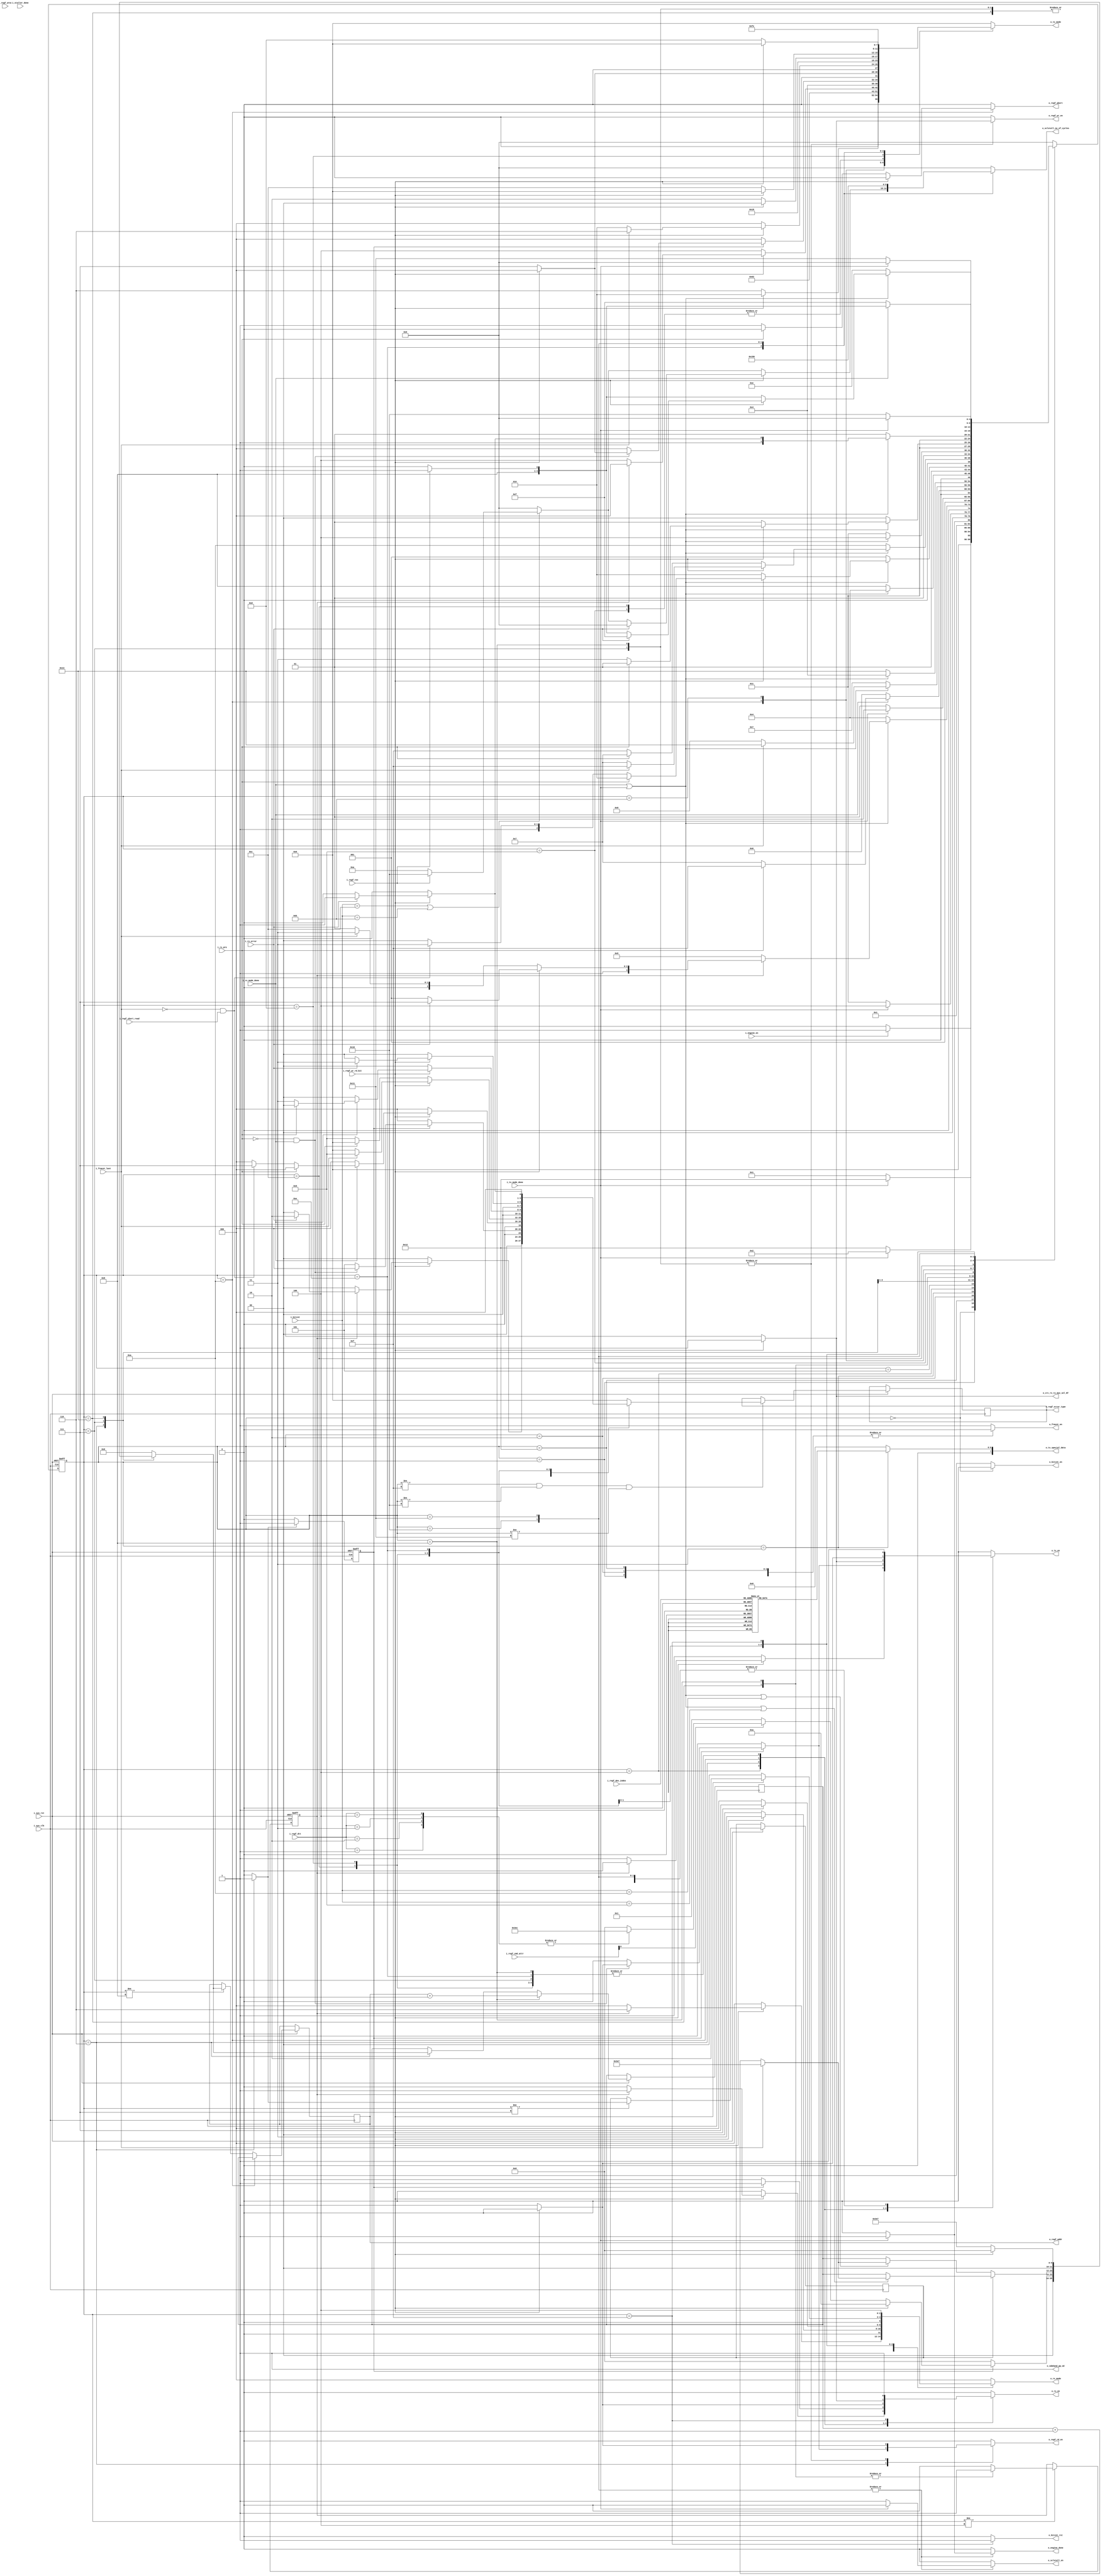
module DDR_NT (

input        i_sys_clk,
input        i_sys_rst,
input        i_engine_en,
input        i_frmcnt_last,
input        i_tx_mode_done,
//input        i_tx_parity_data,
input        i_rx_mode_done,
input        i_rx_pre,
input        i_rx_error,
input        i_staller_done,

//----------- interface input signals-----------//

input        i_regf_toc,          	// 1b0: RESTART ; 1b1: STOP
input [4:0]  i_regf_dev_index,   	// 5b0: Broadcast  ;  any other value: Direct  
input        i_regf_short_read,  	// 1b0: ALLOW_SHORT_READ  ; 1b1: SHORT_READ_IS_ERROR 
input        i_regf_wroc ,       	//1b0: NOT_REQUIRED RESPONSE ; 1b1: REQUIRED RESPONSE
input        i_regf_wr_rd_bit,   	//  1b0: WRITE ; 1b1: READ
input [2:0]  i_regf_cmd_attr,     	// 1'b1: Immediate Data Transfer Command ; 1'b0:Regular Transfer Command
input [2:0]  i_regf_dtt,			// Determine The Number of Data Byte
input [5:0]  i_bitcnt ,


/*// to be removed 
input  [4:0] i_bitcount,  
input        i_scl_pos_edge,                 // for testbench
input        i_scl_neg_edge,*/


output reg       o_tx_en,
output reg [3:0] o_tx_mode,
output reg       o_rx_en,
output reg [2:0] o_rx_mode,
output reg       o_frmcnt_en,
output reg       o_bitcnt_en, 
output reg       o_bitcnt_rst,  
//output reg       o_bitcnt_stop, 
output reg       o_sdahand_pp_od,
output reg       o_regf_wr_en,
output reg       o_regf_rd_en,
output reg [11:0] o_regf_addr,
output reg [4:0] o_sclstall_no_of_cycles,
output reg       o_sclstall_en,  
output reg       o_engine_done,
output reg [7:0] o_tx_special_data,


//------------ interface output signals ---------//
output reg       o_regf_abort,
output reg [3:0] o_regf_error_type,

output wire       o_crc_rx_tx_mux_sel_NT

/*output wire       o_crc_data_rx_tx_valid_sel,
output wire       o_crc_data_tx_rx_mux_sel,
output wire       o_crc_last_byte_tx_rx_mux_sel*/

);  




//------------- types of error ------------//
localparam [3:0]    SUCCESS 			  	= 'd0,
                    CRC_Error				  = 'd1,
                    Parity_Error      = 'd2,
										Frame_Error       = 'd3,
										Address_Header_Error = 'd4,
										NACK_Error           = 'd5,
                    OVL_Error            = 'd6,                // not used
                    I3C_SHORT_READ_Error = 'd7, 
                    HC_ABORTED_Error     = 'd8,       // by Controller due to internal error (not used)
										BUS_ABORTED_Error    = 'd9 ;       // Aborted due to Early Termination, or Target not completing read or write of data phase of transfer
 








//------------ timing specification ------------//  
localparam [4:0]  restart_stalling = 'd10,
                  exit_stalling = 'd16;











//--------------- tx modes -------------//   
localparam [3:0]  seven_zeros = 'd3,
                  Serializing_address = 'd1,              
                  special_preamble_tx = 'd0,  //01
                  one_preamble = 'd2,   // send 1 in pp or od 
                  zero_preamble = 'd6,  // send zero
				  Serializing_byte = 'd7, 
				 /* Serializing_second_byte = 'b1010,*/ 
                  Calculating_Parity ='d4,
				  /*Calculating_Parity_Data ='b1000,*/
				  CRC_value = 'd13,
                  token_CRC = 'd12,
                  Restart_Pattern = 'd15,
                  Exit_Pattern = 'd14;
				
				//  Read_Write_bit = 'b1010;

 
 
 
 
 
 
 
 
 // -------------- rx modes ----------------//  
localparam [2:0]     preamble = 'd0, 
                  //  nack_bit = 'd1 ,
                     Deserializing_byte = 'd3,
                     Check_token = 'd7,
                     Check_Parity_value = 'd6,
                     Check_CRC_value = 'd2,
                     Error = 'd4;







//------------------ fsm states ----------------//
localparam [4:0]              idle = 'd0,
                              first_stage_command_Pre = 'd1,
                              serializing_seven_zeros = 'd2,
					          address = 'd3,                
					          parity = 'd4,
					          sec_stage_first_data_pre = 'd5,             // sent by controller
					          ack_waiting = 'd6,
					          first_data_byte = 'd7,
					          second_data_byte = 'd8,
					          third_stage_first_data_pre = 'd9,             // send by target or controller
					          abort_bit = 'd10,                      //   aborting by controller or target             
					          fourth_stage_crc_first_pre = 'd11,
					          fourth_stage_crc_second_pre = 'd12,
					          token_crc_bits = 'd13,                 // 4 bits
					          crc_value_bits = 'd14,                  // 5 bits 
					          error = 'd15,
					          restart = 'd16,
					          exit = 'd17,
							  Read_Write_bit = 'd18,
							  serializing_zeros = 'd19,
							  waiting = 'd20 ;


//------------------ internal signals decleration -----------------//					 
reg [6:0] target_addres,broadcast_address;
reg    [4:0]         current_state , next_state ;
/*wire [3:0] count ;*/
reg parity_data, Parity_data_seq ,sysclk_done,en_sysclk , first_byte , first_byte_seq;
reg [11:0] addr ,addr_temp;
reg [3:0] error_type;


localparam specific_address = 'd 999; // for 8 zeros



assign o_crc_rx_tx_mux_sel_NT = (i_regf_wr_rd_bit)? 1'b1 : 1'b0;

/*assign o_crc_data_rx_tx_valid_sel = (i_regf_wr_rd_bit)? 1'b1 : 1'b0;

assign o_crc_data_tx_rx_mux_sel   = (i_regf_wr_rd_bit)? 1'b1 :1'b0;

assign o_crc_last_byte_tx_rx_mux_sel = (i_regf_wr_rd_bit)? 1'b1 :1'b0;*/

//--------------------------- 1: Sequential Always Block ------------------------------//
always @(posedge i_sys_clk or negedge i_sys_rst)
 begin
  if(!i_sys_rst)
   begin
     current_state <= idle ;
  /*  o_tx_en = 'b0 ; 
    o_rx_en = 'b0 ;
    o_frmcnt_en = 'b0 ;
    o_regf_wr_en = 'b0 ;
    o_regf_rd_en = 'b0 ;
    o_engine_done = 'b0 ;
	o_regf_addr = 'b0;
	o_regf_abort = 'b0;
	o_sclstall_en = 'b0;
	o_sclstall_no_of_cycles = 'b0;
	o_sdahand_pp_od = 'b1;
	o_bitcnt_en = 'b0; 
	o_bitcnt_rst = 'b0;
	o_sclstall_no_of_cycles = 'b0;
    o_sclstall_en = 'b0;
    o_regf_abort = 'b0;
	o_regf_error_type = SUCCESS;  // No error*/
	
	
   end
  else
   begin
     current_state <= next_state ;
   end
 end







//--------------------------- 2: Combinational Always Block For FSM States------------------------------//
    always @ (*)

     begin

       case(current_state)

         idle : begin 

           if (i_engine_en) 
		         next_state = first_stage_command_Pre ;
		       else
		         next_state = idle ;

		         end


		      first_stage_command_Pre :  
		      begin
		      	
		         	if (i_tx_mode_done)
		        	  next_state = Read_Write_bit ;
		        	else
		          	next_state = first_stage_command_Pre ;
		         	        
		       
		      end


		      Read_Write_bit	: begin 

		        if (i_tx_mode_done)
		          next_state = serializing_seven_zeros ;
		        else
		          next_state = Read_Write_bit ;

		          end
				  
				  
				  
			  serializing_seven_zeros	: begin 

		        if (i_tx_mode_done)
		          next_state = address ;
		        else
		          next_state = serializing_seven_zeros ;

		          end


		      address	: begin 

		        if (i_tx_mode_done) begin
		          next_state = parity ;

				  end
		        else
		          next_state = address ;

            end 


		      parity	: begin 

		        if (i_rx_mode_done | i_tx_mode_done)
		          begin

				    if (Parity_data_seq)begin	
				          		 

				           if (!i_regf_wr_rd_bit)
				             begin

				               if(!i_frmcnt_last)
		                     next_state = third_stage_first_data_pre ;
				               else 
				                 next_state = fourth_stage_crc_first_pre ;

					        end


				           else begin

				            if (i_rx_error)             // may no sync due to delay one system clk cycle
				             next_state = error;
				             
				            else 
				              
				             begin
				 
				           /* if(!i_frmcnt_last)
		                   next_state = third_stage_first_data_pre ;
				            else 
				               next_state = fourth_stage_crc_first_pre ;*/
				               
							   next_state = third_stage_first_data_pre ;
					           end
							   
				   

					      end
					      end

				    


				    else 
				    next_state =  sec_stage_first_data_pre ;

				    end


		  else
		    next_state = parity ;

            end


 	  sec_stage_first_data_pre	: begin 

		        if (i_tx_mode_done)
		           next_state = ack_waiting ;

		        else
		           next_state = sec_stage_first_data_pre ;

            end


 		ack_waiting	: begin 
		        
		        if (i_rx_mode_done)  
		          begin
				
				       if (!i_rx_pre)      
		             next_state = first_data_byte ;
				    else 
                     next_state = error ;
                 
               end
               				
		        else
		          next_state = ack_waiting ;
		          
            end 


 		first_data_byte	: begin 

		        if (i_rx_mode_done | i_tx_mode_done) begin 
					
					if (!i_frmcnt_last)
				      next_state = second_data_byte ;
					else  
					 next_state = serializing_zeros;
					 
				end

			      else
		          next_state = first_data_byte ;

            end
			
		serializing_zeros	: begin 

		        if (i_rx_mode_done | i_tx_mode_done) 
										 
				    next_state = parity ;
					
			      else
		          next_state = serializing_zeros ;

            end	
			


     second_data_byte	: begin 

		       if (i_rx_mode_done | i_tx_mode_done) 
				     
					 next_state = parity;
				      
				   else 				
		          next_state = second_data_byte ;

            end


		third_stage_first_data_pre : begin 
			  
			
				if (i_rx_mode_done | i_tx_mode_done)
				  begin
				    
				   if(i_regf_wr_rd_bit)
				     begin
				       
				         if (i_rx_pre)  								
		                 next_state = abort_bit ; 
		                 else
						 begin
						   if ((!i_frmcnt_last) && i_regf_short_read )  
					        next_state = error ;  // target didn't send all requierd data 
					       else 
					        next_state = fourth_stage_crc_second_pre ;
                        end
                   
                     end
                 
             
					else
					next_state = abort_bit ;
             
             end
              
		     else
		       next_state = third_stage_first_data_pre ;
		       
		     end


			abort_bit : begin
			 if(i_rx_mode_done | i_tx_mode_done)
			   begin
			
			  	if (!i_regf_wr_rd_bit)
				   begin
				      
				     if(i_rx_pre)
		           next_state = first_data_byte ;
				     else
				      begin 
				        
				      /* if (i_regf_toc)
				        next_state = restart ;
				       else
				        next_state = exit ;*/
						
						next_state = error;    // target aborts writing
				        
				      end
				       
				    end
				       
				    
				  else
				    begin
				      
				     if(i_frmcnt_last) 
				       
		          begin 
				        
				      /* if (!i_regf_toc)
				        next_state = restart ;
				       else
				        next_state = exit ;*/
						next_state = error;     // Controller aborts reading
						
				        
				      end
		           
				     else 
				       next_state = first_data_byte ;
				      
				    end 
				    
			end
				    
				 else
				   next_state = abort_bit ;
				   
		end



			fourth_stage_crc_first_pre : begin 
			  
			    if (i_rx_mode_done | i_tx_mode_done)
		          next_state = fourth_stage_crc_second_pre ;  
		        else
		          next_state = fourth_stage_crc_first_pre ;
				  
			end
			
			
			fourth_stage_crc_second_pre : begin 
			  
			    if (i_rx_mode_done | i_tx_mode_done)
					begin
						if (i_regf_wr_rd_bit)
						begin
							if (i_rx_pre)
								next_state = token_crc_bits ;
							else 
								next_state = error ;
						end
						
						else 
						next_state = token_crc_bits ;
						
						
					end
		        else
		          next_state = fourth_stage_crc_second_pre ;
				  
			end


			token_crc_bits : begin 
				if (i_rx_mode_done | i_tx_mode_done)
					begin
		          
					if (i_regf_wr_rd_bit)
					begin
						if (!i_rx_error)
							next_state = crc_value_bits ;
						else 
							next_state = error ;
					end
					
					else 
					next_state = crc_value_bits ;
					
					end
					
				  
				  
				   
		        else
		          next_state =  token_crc_bits ;

			end

			crc_value_bits : begin 

			 if (i_rx_mode_done | i_tx_mode_done)

		       	begin				
					if (i_regf_wr_rd_bit)
					begin
						
						if (!i_rx_error) 
						begin
							
							if (!i_regf_toc)
								next_state = restart ;
							else
								next_state = exit ;
						end 
						else 
							next_state = error ;
					end
					
					else
						begin
						

							if (!i_regf_toc)
								next_state = restart ;
							else
								next_state = exit ;
						 end
					end
				  

				   

		   else
		       next_state = crc_value_bits ;	  

			end


			error : begin 

			 if (i_rx_mode_done)

		       		 begin 

				       if (!i_regf_toc)
				        next_state = restart ;
				       else
				        next_state = exit ;

				      end

		   else
		       next_state = error ;	

			end


			restart :  begin

		        if (i_tx_mode_done /*&& i_staller_done*/)
		          next_state = idle ;  // return to idle waitng to be enabled
		        else
		          next_state = restart ;

		  end 


			exit :  begin

		        if (i_tx_mode_done /*&& i_staller_done*/)
		          next_state = idle ;
		        else
		          next_state = exit ;

		  end 
		  
			default : next_state = idle ;
		  
		  
		/*  waiting :  begin 
		  
		  if (sysclk_done && i_staller_done)
		          next_state = idle ;
		        else
		          next_state = waiting ;
		  
		  end*/
		  
		  
		/*  parity_0	: begin 

		        if (i_rx_mode_done | i_tx_mode_done)
		          begin

				    next_state = parity_1

		  else
		    next_state = parity_0 ;

            end
			
			parity_1	: begin 

		        if (i_rx_mode_done | i_tx_mode_done)
		          begin

				    if (i_tx_parity_data)begin	
				          		 

				           if (!i_regf_wr_rd_bit)
				             begin

				               if(!i_frmcnt_last)
		                     next_state = third_stage_first_data_pre ;
				               else 
				                 next_state = fourth_stage_crc_first_pre ;

					        end


				           else begin

				            if (i_rx_error) 
				             next_state = error;
				             
				            else 
				              
				             begin
				 
				            if(!i_frmcnt_last)
		                   next_state = third_stage_first_data_pre ;
				            else 
				               next_state = fourth_stage_crc_first_pre ;
				               
					           end
				   

					      end
					      end

				    


				    else 
				    next_state =  sec_stage_first_data_pre ;

				    end


		  else
		    next_state = parity_1 ;

            end*/

     endcase
   end








//--------------------------- 3: Combinational Always Block For Outputs------------------------------//
always @(*)
 begin

  o_tx_en = 'b0 ; 
  o_rx_en = 'b0 ;
  o_frmcnt_en = 'b1 ;
  o_regf_wr_en = 'b0 ;
  o_regf_rd_en = 'b0 ;
  o_engine_done = 'b0 ;
	addr = 'b0;
	o_regf_abort = 'b0;
	o_sclstall_en = 'b0;
	o_sclstall_no_of_cycles = 'b0;
	o_sdahand_pp_od = 'b1;
	o_bitcnt_en = 'b1; 
	o_bitcnt_rst = 'b0;
	o_regf_abort = 'b0;
	error_type = SUCCESS;  // No error
	en_sysclk=0;
	o_tx_mode = 'b0;
	o_rx_mode = 'b0 ;
	parity_data = 'b0;
	o_tx_special_data = 'd0;
	first_byte = 'b0;
	//next_state = idle;
	
//	o_bitcnt_stop = 'b0;


  case(current_state)

  idle : begin 

		   o_tx_en = 'b0 ;
           o_bitcnt_en = 'b0;
           o_frmcnt_en = 'b0 ;
			

		  end


  first_stage_command_Pre :  begin


		   o_tx_en = 'b1 ;
		   o_tx_mode = special_preamble_tx ;  //01
		   o_frmcnt_en = 'b0 ;
		  
		   

		   end 


  Read_Write_bit	: begin 

		  o_tx_en = 'b1;
		  o_frmcnt_en = 'b0 ;
			if(!i_regf_wr_rd_bit)
		 o_tx_mode = zero_preamble;
		 else 
		 o_tx_mode = one_preamble;


            end 
			
			
			
  serializing_seven_zeros	: begin         // command first byte {Read_Write_bit,serializing_seven_zeros}

		  o_tx_en = 'b1;
		  o_tx_mode = seven_zeros ; 
		  o_frmcnt_en = 'b0 ;
		  

            end 


  address : begin                            // command second byte {address,par_adj"calc by Tx"}

         
		  o_tx_en = 'b1;
		  o_tx_mode = Serializing_address ;
		   o_frmcnt_en = 'b1 ;
		  
		
		  parity_data = 'b0;                  // Calculating_Parity_Command
		
		
		
		o_tx_special_data = {1'b0,target_addres};         
		
		end


  parity        : begin

		//if (i_tx_mode_done)
		 o_frmcnt_en = 'b1 ;
		/* else 
		  o_frmcnt_en = 'b0 ;*/

	   if (!i_regf_wr_rd_bit)
         begin
          o_tx_en = 'b1;
		  
		  /*if (i_tx_parity_data)
          o_tx_mode = Calculating_Parity_Data;         
		  else 
		  o_tx_mode = Calculating_Parity_Command;     */
		  
		   o_tx_mode = Calculating_Parity;           // Calculating Parity for command and data
		  
	  
         end
        else
         begin
		  if (!Parity_data_seq)
		  begin
 		  o_tx_en = 'b1;
		  o_tx_mode = Calculating_Parity;
		  end
		  else 
		  begin
          o_rx_en = 'b1;
          o_rx_mode = Check_Parity_value;         //check the parity correctness
          
		  if (i_rx_error)
            error_type = Parity_Error;
          else
            error_type = SUCCESS; 
         end
		 end

             end 


 sec_stage_first_data_pre : begin   // 

      o_tx_en = 'b1;
      o_tx_mode = one_preamble ;
	  
	 // o_sdahand_pp_od = 'b0; // open drain , which makes a change in scl line //to be edited
	  
     
             end 


  ack_waiting : begin
	     
		// o_sdahand_pp_od = 'b0;   //listening to sda
     
		first_byte ='b1;
		en_sysclk=1;
		 o_frmcnt_en = 'b1 ;
		// wait (sysclk_done) ; // wait is unsynthesizable
   if(sysclk_done)
		begin
   		 o_rx_en = 'b1 ;
	      o_rx_mode = preamble ;
		 
		//  o_bitcnt_stop = 'b1;
		   
		 
		  
	      if ((!i_rx_pre) && i_rx_mode_done)
			begin
			error_type = SUCCESS;
			if (!i_regf_wr_rd_bit) begin 
			o_tx_en = 'b1;
			o_tx_mode = Serializing_byte; 		    
			o_regf_rd_en = 'b1 ;
			end 
			end
        else 
		begin
         	
			error_type = NACK_Error;
		
		 end
		   
		   
		 if (!i_regf_wr_rd_bit)
		 begin
		  if (i_regf_cmd_attr[0])              // Immediate Transfer
			begin 
			case (i_regf_dtt)
		//	'd0 : o_regf_addr = 'd0;         // no data 
			'd1 : addr = 'd1004;       // sending Byte1 of address 'd20 
			'd2 : addr = 'd1004;       // sending Byte1 of address 'd20 and  sending Byte2 of address 'd21
			'd3 : addr = 'd1004;		// sending Byte1 of address 'd20 and sending Byte2 of address 'd21 and sending Byte3 of address 'd22
			'd4 : addr = 'd1004;		// sending Byte1 of address 'd20 and sending Byte2 of address 'd21 and sending Byte3 of address 'd22 and sending Byte3 of address 'd23
		//	'd5 : o_regf_addr = 'd0;        // only defining byte and no data
		//	'd6 : o_regf_addr = 'd21;       // sending defining byte and sending Byte2 of address 'd21
		//	'd7 : o_regf_addr = 'd21;		// sending defining byte and sending Byte2 of address 'd21 and sending Byte3 of address 'd22
			endcase
			end
		 else                              // Regular Transfer			 
			addr = 'd1;      // starting from this address to write Regular data
		  end 
		   else
           addr = 'd10;		// starting from this address to read  Regular data
		  
		  
		  end
		  
	else 	   		
		o_rx_en = 'b0 ;

             end 


  first_data_byte : begin
     
	 o_frmcnt_en = 'b1 ;

    if (!i_regf_wr_rd_bit)
      begin
       o_tx_en = 'b1;
       o_tx_mode = Serializing_byte; 		    
	   o_regf_rd_en = 'b1 ;
      end

     else
      begin
         o_rx_en = 'b1 ;
	     o_rx_mode = Deserializing_byte ;
		 o_regf_wr_en = 'b1 ;
		 //o_sdahand_pp_od = 'b0;   //listening to sda
	    end 
		
		
	/*if (!i_frmcnt_last) 
		count_en = 'd0;
	else 
		count_en = 'd1;*/
		
	if (first_byte_seq) begin 	
		
	if (i_tx_mode_done | i_rx_mode_done | i_bitcnt == 'd9  ) begin     // for increasing address to be ready 
		
		if (!i_frmcnt_last)
		addr = addr_temp + 'd1;
		else
		addr = specific_address;
		
		end
	
	
	else
		addr = addr_temp ;
		
		end
		
		
		
	else begin 
	if (i_tx_mode_done | i_rx_mode_done | i_bitcnt == 'd10  ) begin     // for increasing address to be ready 
		
		if (!i_frmcnt_last)
		addr = addr_temp + 'd1;
		else
		addr = specific_address;
		
		end
	
	
	else
		addr = addr_temp ;
		
		end

		

             end
			 
			 
	serializing_zeros : begin            // state of dummy data in case of odd number of bytes
	  o_frmcnt_en = 'b1 ;
	
	if (!i_regf_wr_rd_bit) 
	  begin 
	   o_tx_en = 'b1;
       o_tx_mode = Serializing_byte;
	   addr = specific_address;
	   end
	else
	  begin
		o_rx_en = 'b1 ;
	    o_rx_mode = Deserializing_byte ;
	  end
	   
	   

	
      parity_data = 'b1;                  // Calculating Parity of Data
     end 	   
	 
	


  second_data_byte        : begin
   
   parity_data = 'b1;                   // Calculating Parity of Data
   o_frmcnt_en = 'b1 ;
  
  if (!i_regf_wr_rd_bit)
      begin
       o_tx_en = 'b1;
       o_tx_mode = Serializing_byte;  		    
		o_regf_rd_en = 'b1 ;
      end

     else
      begin
       o_rx_en = 'b1 ;
	     o_rx_mode = Deserializing_byte ;
		   o_regf_wr_en = 'b1 ;
	    end 

	 end


  third_stage_first_data_pre    : begin

        if (!i_regf_wr_rd_bit)
         begin
          o_tx_en = 'b1;
          o_tx_mode = one_preamble;
		  // o_sdahand_pp_od = 'b0;  // open drain , listening to sda
         end
        else
         begin
          o_rx_en = 'b1;
          o_rx_mode = preamble;
		  
		  if (i_rx_mode_done)
		  begin 
				if (!i_rx_pre)
				begin
					 if ((!i_frmcnt_last) && i_regf_short_read ) 
					error_type = I3C_SHORT_READ_Error ;  // target didn't send all requierd data 
					else 
					error_type = SUCCESS ;
				end
				else 
				error_type = SUCCESS ;
				
			end 
			else 
			error_type = SUCCESS ;
			
         end
		 
		 

             end 


  abort_bit      : begin

       if (i_regf_wr_rd_bit)
         begin

          if (!i_frmcnt_last)  
            begin
              o_tx_en = 'b1;
              o_tx_mode = one_preamble; 
            end
          else
            begin
              o_tx_en = 'b1;
              o_tx_mode = zero_preamble;
			  o_regf_abort = 'b0;
	          error_type = BUS_ABORTED_Error;  // Controller aborts reading
            end

          end

        else
         begin
          o_rx_en = 'b1;
          o_rx_mode = preamble;

		  if(!i_rx_pre)  
		  begin 
		  o_regf_abort = 'b1;
		  error_type = BUS_ABORTED_Error;   // target aborts writing 
		  end
		  
		  else 
		  o_regf_abort = 'b0;

         end

             end 
			 
			 
			 
		/*	 second_data_byte        : begin
   
  if (!i_regf_wr_rd_bit)
      begin
       o_tx_en = 'b1;
       o_tx_mode = Serializing_second_byte;  		    
		o_regf_rd_en = 'b1 ;
      end

     else
      begin
       o_rx_en = 'b1 ;
	     o_rx_mode = Deserializing_byte ;
		   o_regf_wr_en = 'b1 ;
	    end 

	 end*/


fourth_stage_crc_first_pre     : begin
    
   /* if (!i_regf_wr_rd_bit)
         begin*/
        
		o_tx_en = 'b1;
        o_tx_mode = zero_preamble;
         
		 /*end
          else
         begin
          o_rx_en = 'b1;
          o_rx_mode = preamble;
         end*/

             end
             
             
 fourth_stage_crc_second_pre     : begin
    
    if (!i_regf_wr_rd_bit)
         begin
          o_tx_en = 'b1;
          o_tx_mode = one_preamble;
		  
         end
       
	 else
         begin
          o_rx_en = 'b1;
          o_rx_mode = preamble;
		  

		  if ( i_rx_mode_done)		  
		  begin      		  
			if (i_rx_pre)
			error_type = SUCCESS ;
			else 
			error_type = Frame_Error ;          // error due to pre = 00 
		  
         end
		 else  
		 error_type = SUCCESS ;

             end  
			end



   token_crc_bits        : begin

    if (!i_regf_wr_rd_bit)
         begin
          o_tx_en = 'b1;
          o_tx_mode = token_CRC;
         end
     else
         begin
          o_rx_en = 'b1;
          o_rx_mode = Check_token;
		  
		  if (i_rx_error)
            error_type = Frame_Error;
          else
            error_type = SUCCESS;
         end

             end 			 


   crc_value_bits   : begin

    if (!i_regf_wr_rd_bit)
         begin
          o_tx_en = 'b1;
          o_tx_mode =  CRC_value ;
		if((i_bitcnt == 'd12) || (i_bitcnt == 'd11))
			begin 
			o_sclstall_en = 0;
			if(!i_regf_toc)
				o_sclstall_no_of_cycles = restart_stalling;
			else 
				o_sclstall_no_of_cycles = exit_stalling;
				
			end
		else 
			o_sclstall_en = 0;
         end
    else
         begin

          o_rx_en = 'b1;
          o_rx_mode = Check_CRC_value;
          
		 
		 if (i_rx_error)
            error_type = CRC_Error;
          else
			begin 
				error_type = SUCCESS;
					if((i_bitcnt == 'd12) || (i_bitcnt == 'd11))
						begin 
						o_sclstall_en = 0;
						if(!i_regf_toc)
							o_sclstall_no_of_cycles = restart_stalling;
						else 
							o_sclstall_no_of_cycles = exit_stalling;
						end
					else 
						o_sclstall_en = 0;
			end
			
			

         end
		 
		 

             end 


   error   : begin

          o_rx_en = 'b1;
          o_rx_mode = Error;
		  o_bitcnt_rst = 'b1 ;
		  
		  

             end


   restart   : begin

          o_tx_en = 'b1;
          o_tx_mode = Restart_Pattern;
          o_sclstall_no_of_cycles = restart_stalling;
          o_sclstall_en = 'b1;
		   

			if(i_tx_mode_done )
			 	begin
			 o_engine_done= 'b1;
			 o_sclstall_en = 'b0;
				end
		  else begin
			o_sclstall_en = 'b1;
			o_engine_done= 'b0;
             end
			 end


   exit   : begin

          o_tx_en = 'b1;
          o_tx_mode = Exit_Pattern;
          o_sclstall_no_of_cycles = exit_stalling;
         o_sclstall_en = 'b1;
		 
			if(i_tx_mode_done )
				begin
			 o_engine_done= 'b1;
			 o_sclstall_en = 'b0;
				end
				
		  else begin
			o_sclstall_en = 'b1;
			o_engine_done= 'b0;
			end

             end 

	

	/*waiting : begin 
		o_sclstall_en = 'b0;
		o_tx_en = 'b1;
		if(i_regf_toc)
			o_tx_mode = Exit_Pattern;
		else 
			o_tx_mode = Restart_Pattern;
		en_sysclk =1 ;
		
		
		
		end*/

      endcase
	  
    end


   
   //--------------------------- 4: Combinational Always Block For Encoding The Address------------------------------//
   always@(*) begin
    case (i_regf_dev_index)                     
        5'd0 : target_addres =     7'd8  ;  
        5'd1 : target_addres     =     7'd9  ;  //0001001
        5'd2 : target_addres     =     7'd10 ;
        5'd3 : target_addres     =     7'd11 ;

        5'd4 : target_addres     =     7'd12 ;
        5'd5 : target_addres     =     7'd13 ;
        5'd6 : target_addres     =     7'd14 ;
        5'd7 : target_addres     =     7'd15 ;

        5'd8 : target_addres     =     7'd16 ;
        5'd9 : target_addres     =     7'd17 ;
        5'd10: target_addres     =     7'd18 ;
        5'd11: target_addres     =     7'd19 ;

        5'd12: target_addres     =     7'd20 ;
        5'd13: target_addres     =     7'd21 ;
        5'd14: target_addres     =     7'd22 ;
        5'd15: target_addres     =     7'd23 ;

        5'd16: target_addres = 7'd24 ;
        5'd17: target_addres = 7'd25 ;
        5'd18: target_addres = 7'd26 ;
        5'd19: target_addres = 7'd27 ;

        5'd20: target_addres = 7'd28 ;
        5'd21: target_addres = 7'd29 ;
        5'd22: target_addres = 7'd30 ;
        5'd23: target_addres = 7'd31 ;

        5'd24: target_addres = 7'd32 ;
        5'd25: target_addres = 7'd33 ;
        5'd26: target_addres = 7'd34 ;
        5'd27: target_addres = 7'd35 ;

        5'd28: target_addres = 7'd36 ;
        5'd29: target_addres = 7'd37 ;
        5'd30: target_addres = 7'd38 ;
        5'd31: target_addres = 7'd39 ;
    endcase

end 
/**********************************************/
/*reg [3:0] count_seq ;

always@ (posedge i_sys_clk or negedge i_sys_rst)
begin
if (!i_sys_rst)
count_seq <= 'd0;  
else 
count_seq <= count; 
end*/

//--------------------------- 5: Sequential Always Block ------------------------------//
always@ (posedge i_sys_clk or negedge i_sys_rst)
begin
if (!i_sys_rst)
	begin
	Parity_data_seq <= 'd0;  
	sysclk_done<=0;
	end
else 
	begin
	if (en_sysclk)
		sysclk_done<='b1;
	else 
		sysclk_done<='b0;

if( current_state != 'd4)
Parity_data_seq <= parity_data; 

if( current_state != 'd7)
first_byte_seq <= first_byte;


if( current_state != 'd8 )
o_regf_addr <= addr; 

if( current_state == 'd6)
addr_temp <= addr; 

if( current_state == 'd8)
addr_temp <= o_regf_addr + 'd1; 

if( current_state == 'd10)
o_regf_addr <= addr_temp ; 

if (current_state != 'd15 && current_state != 'd16 && current_state != 'd17)
	o_regf_error_type <= error_type;
	end
end

 


endmodule